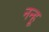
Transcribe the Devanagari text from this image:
नन्हू